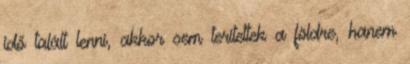
idő talált lenni, akkor sem terítettek a földre, hanem